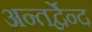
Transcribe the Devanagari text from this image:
अन्तर्द्वेन्द